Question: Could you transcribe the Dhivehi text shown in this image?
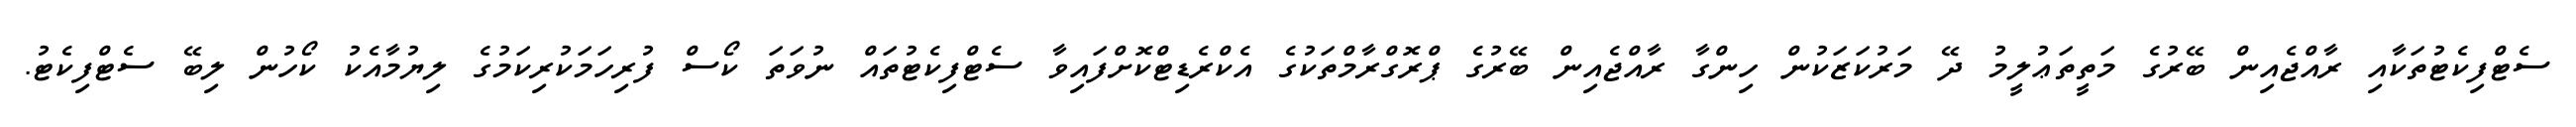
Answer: ސެޓްފިކެޓުތަކާއި ރާއްޖެއިން ބޭރުގެ މަތީތަޢުލީމު ދޭ މަރުކަޒަކުން ހިންގާ ރާއްޖެއިން ބޭރުގެ ޕްރޮގްރާމްތަކުގެ އެކްރެޑިޓްކޮށްފައިވާ ސެޓްފިކެޓުތައް ނުވަތަ ކޯސް ފުރިހަމަކުރިކަމުގެ ލިޔުމާއެކު ކޯހުން ލިބޭ ސެޓްފިކެޓު.